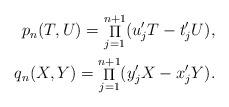
LaTeX: \begin{align*} p_n(T, U) = \mathop \Pi_{j=1}^{n+1}(u'_jT - t'_jU),\\ q_n(X, Y) = \mathop \Pi_{j=1}^{n+1}(y'_jX - x'_jY).\end{align*}